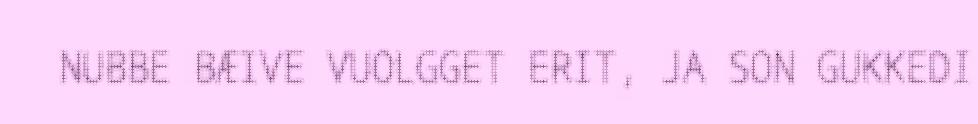
NUBBE BÆIVE VUOLGGET ERIT, JA SON GUKKEDI